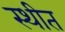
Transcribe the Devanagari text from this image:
स्‍थीत